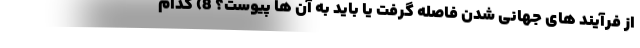
از فرآیند های جهانی شدن فاصله گرفت یا باید به آن ها پیوست؟ 8) کدام